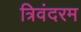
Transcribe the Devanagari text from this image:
त्रिवंदरम